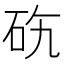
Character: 𥑅